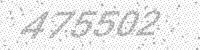
Solution: 475502